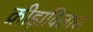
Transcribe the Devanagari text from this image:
क्रीड़ाविलास